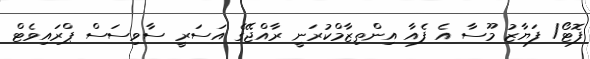
ފޮޓޯ/ ފަޔާޒު މޫސާ އެ ފެއާ އިންތިޒާމްކުރަނީ ރާއްޖޭގެ އަސަރީ ސާވިސަސް ޕްރައިވެޓް